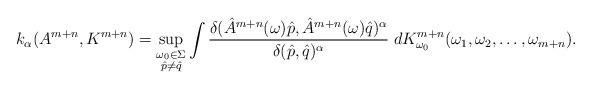
LaTeX: \begin{align*}k_\alpha(A^{m+n},K^{m+n})= \sup_{\substack {{\omega_0 \in \Sigma} \\ \hat{p} \neq \hat{q}}} \int \frac{\delta(\hat{A}^{m+n}(\omega)\hat{p}, \hat{A}^{m+n}(\omega)\hat{q})^\alpha}{\delta(\hat{p},\hat{q})^\alpha} \;dK^{m+n}_{\omega_0}(\omega_1,\omega_2, \dots , \omega_{m+n}).\end{align*}